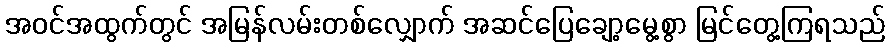
အဝင်အထွက်တွင် အမြန်လမ်းတစ်လျှောက် အဆင်ပြေချော့မွေ့စွာ မြင်တွေ့ကြရသည်